Cholera in southern India
Disease focus: Cholera
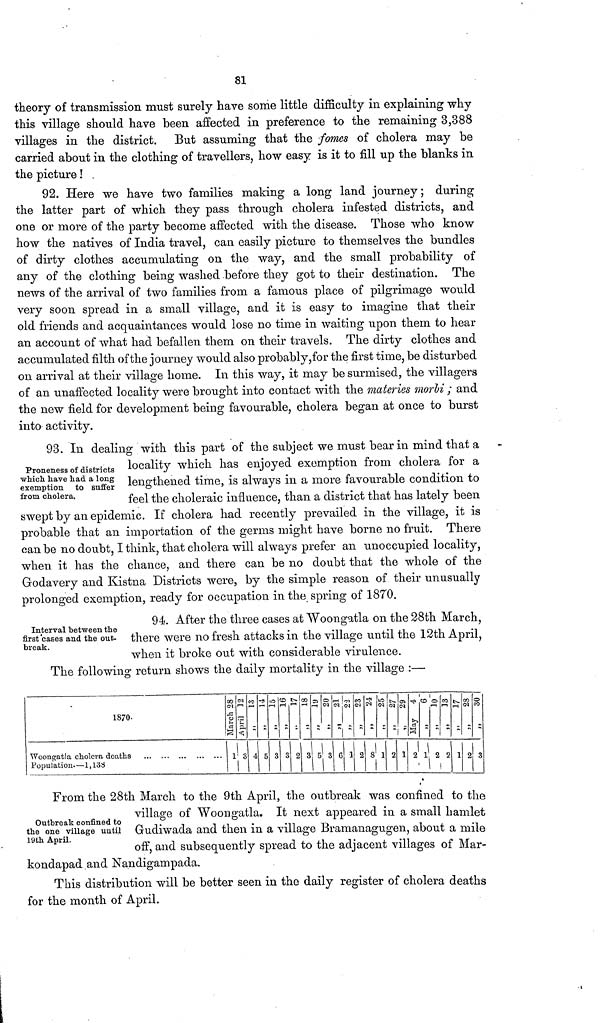
81
theory of transmission must surely have some little difficulty in explaining why
this village should have been affected in preference to the remaining 3,388
villages in the district. But assuming that the fomes of cholera may be
carried about in the clothing of travellers, how easy is it to fill up the blanks in
the picture ! .
92. Here we have two families making a long land journey ; during
the latter part of which they pass through cholera infested districts, and
one or more of the party become affected with the disease. Those who know
how the natives of India travel, can easily picture to themselves the bundles
of dirty clothes accumulating on the way, and the small probability of
any of the clothing being washed before they got to their destination. The
news of the arrival of two families from a famous place of pilgrimage would
very soon spread in a small village, and it is easy to imagine that their
old friends and acquaintances would lose no time in waiting upon them to hear
an account of what had befallen them on their travels. The dirty clothes and
accumulated filth of the journey would also probably,for the first time, be disturbed
on arrival at their village home. In this way, it may be surmised, the villagers
of an unaffected locality were brought into contact with the materies morbi ; and
the new field for development being favourable, cholera began at once to burst
into activity.
Proneness of districts
which have had a long
exemption to suffer
from cholera.
93. In dealing with this part of the subject we must bear in mind that a
locality which has enjoyed exemption from cholera for a
lengthened time, is always in a more favourable condition to
feel the choleraic influence, than a district that has lately been
swept by an epidemic. If cholera had recently prevailed in the village, it is
probable that an importation of the germs might have borne no fruit. There
can be no doubt, I think, that cholera will always prefer an unoccupied locality,
when it has the chance, and there can be no doubt that the whole of the
Godavery and Kistna Districts were, by the simple reason of their unusually
prolonged exemption, ready for occupation in the spring of 1870.
Interval between the
first 'cases and the out-
break.
94. After the three cases at Woongatla on the 28th March,
there were no fresh attacks in the village until the 12th April,
when it broke out with considerable virulence.
The following return shows the daily mortality in the village :—
1870.
Woongatla cholera deaths
Population—1,138
March 28
1 3
!
4 5 3 3 2 3 r
o
6
¿4
1 2 s 1 2 1 2
o
2 2 1 2
©
CO
3
Outbreak confined to
the one village until
19th April.
From the 28th March to the 9th April, the outbreak was confined to the
village of Woongatla. It next appeared in a small hamlet
Grudiwada and then in a village Bramanagugen, about a mile
off, and subsequently spread to the adjacent villages of Mar-
kondapad and Nandigampada.
This distribution will be better seen in the daily register of cholera deaths
for the month of April.